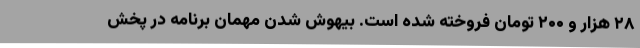
۲۸ هزار و ۲۰۰ تومان فروخته شده است. بیهوش شدن مهمان برنامه در پخش